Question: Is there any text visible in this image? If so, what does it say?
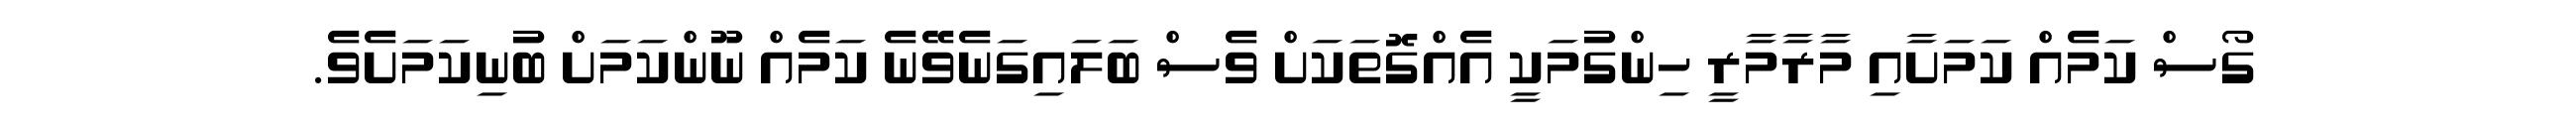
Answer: ގޯސް ކަމެއް ކަމަށާއި މާރާމާރީ ހިންގުމަކީ އެއްގޮތަކަށް ވެސް ބަލައިގަނެވޭނެ ކަމެއް ނޫންކަމަށް ބުނިކަމަށެވެ.